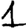
Digit: 1